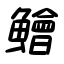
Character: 鱠